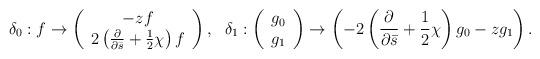
LaTeX: \begin{align*}\delta_0: f\rightarrow\left( \begin{array}{c} -z f\\ 2\left(\frac{\partial}{\partial\bar{s}}+\frac{1}{2}\chi\right) f \end{array} \right),\ \ \delta_1:\left( \begin{array}{c} g_0\\g_1 \end{array} \right)\rightarrow \left(-2\left(\frac{\partial}{\partial\bar{s}}+\frac{1}{2}\chi\right) g_0-z g_1\right).\end{align*}